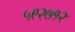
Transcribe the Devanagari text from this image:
५९२७१२